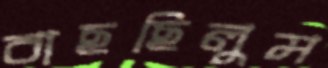
বাছছিলুম